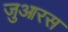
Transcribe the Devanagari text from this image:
जुआरस